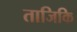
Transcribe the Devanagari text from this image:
ताजिकि